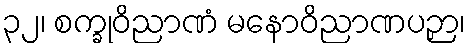
၃၂၊ စက္ခုဝိညာဏံ မနောဝိညာဏပဉှာ၊